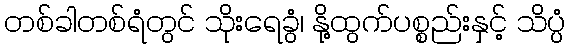
တစ်ခါတစ်ရံတွင် သိုးရေခွံ၊ နို့ထွက်ပစ္စည်းနှင့် သိပ္ပံ